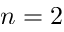
n = 2